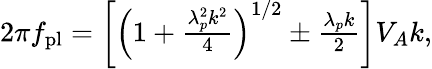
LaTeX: \begin{array}{r}{2\pi f_{\mathrm{pl}}=\left[\left(1+\frac{\lambda_{p}^{2}k^{2}}{4}\right)^{1/2}\pm\frac{\lambda_{p}k}{2}\right]V_{A}k,}\end{array}